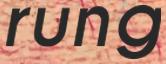
rung